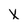
Character: x